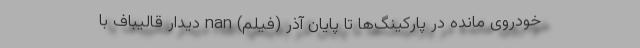
خودروی مانده در پارکینگ‌ها تا پایان آذر (فیلم) nan دیدار قالیباف با